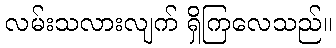
လမ်းသလားလျက် ရှိကြလေသည်။